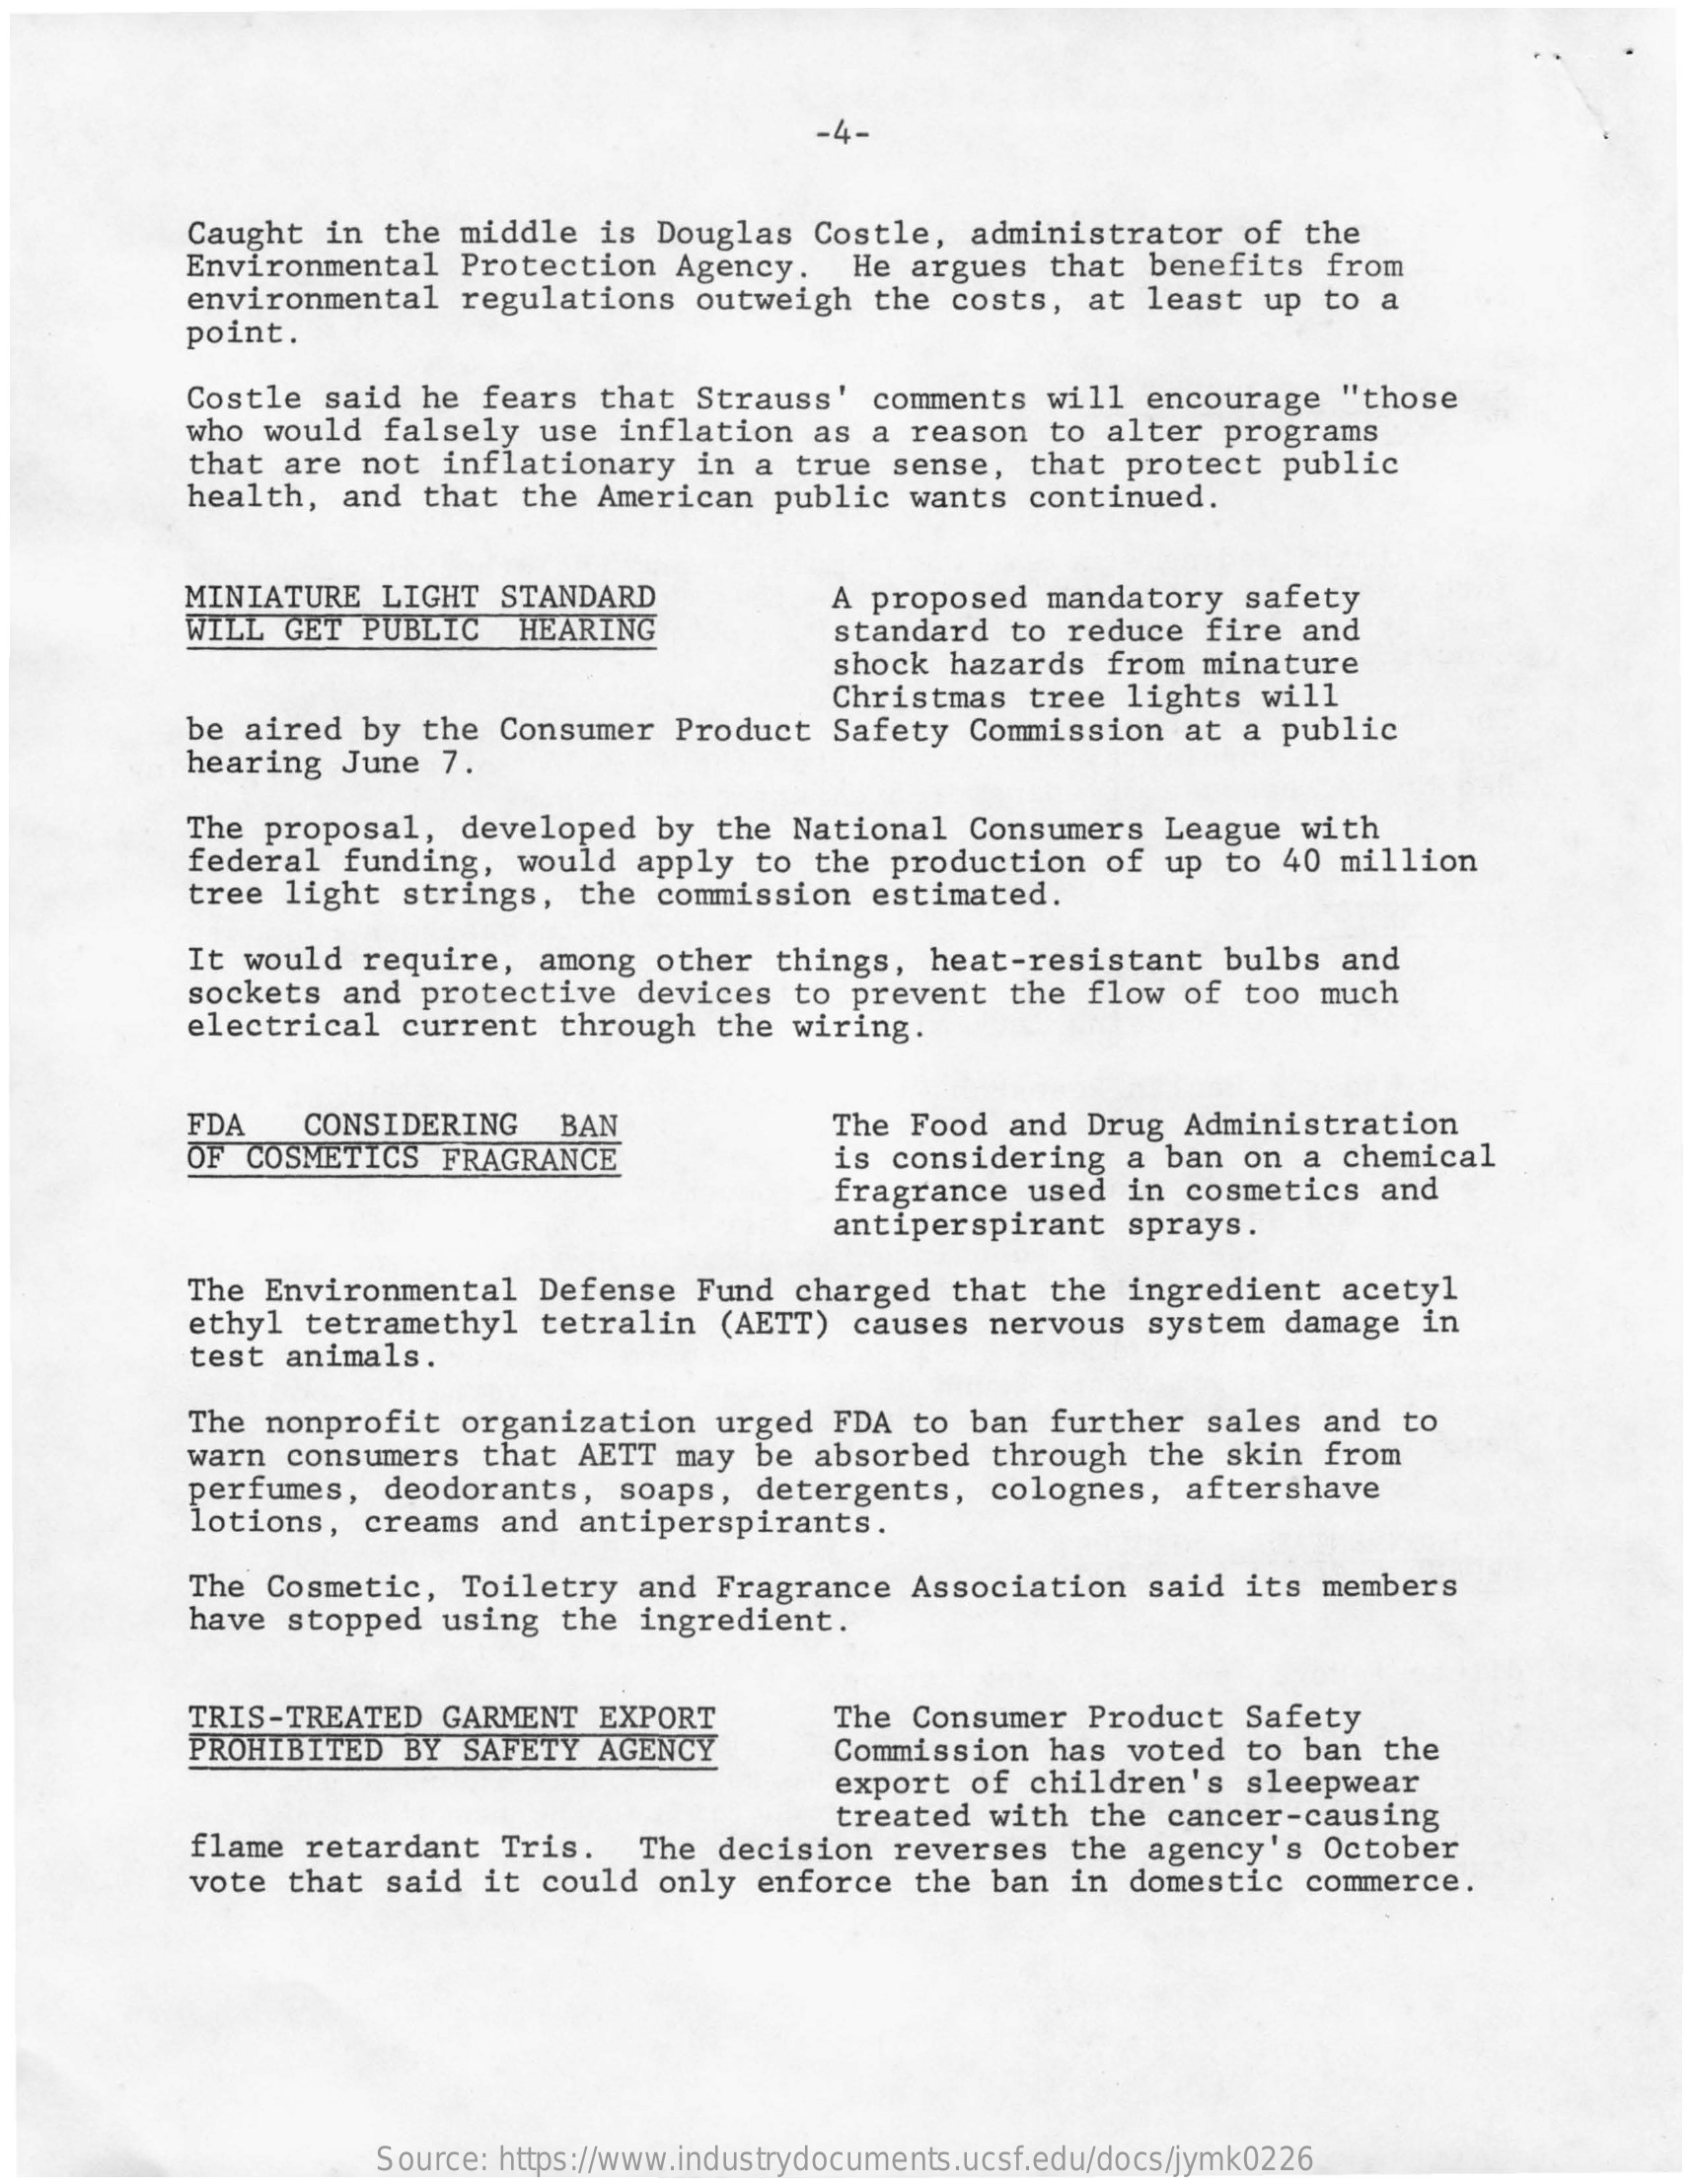
-4-
     Caught   in the  middle   is Douglas   Costle,   administrator    of  the
     Environmental    Protection    Agency.    He argues   that  benefits    from
     point.
     environmental    regulations    outweigh   the  costs,   at least   up to  a
     Costle  said   he fears   that  Strauss'   comments   will  encourage    "those
     who  would  falsely   use  inflation   as  a  reason  to  alter  programs
     that  are  not  inflationary    in  a true  sense,   that  protect   public
     health,   and  that  the  American   public  wants   continued.
     MINIATURE   LIGHT   STANDARD
     WILL  GET  PUBLIC    HEARING
     A proposed   mandatory   safety
     standard   to reduce   fire  and
     shock  hazards   from  minature
     Christmas   tree  lights  will
     be aired   by  the Consumer    Product  Safety   Commission    at a  public
     hearing   June  7.
     The  proposal,   developed   by  the  National   Consumers   League   with
     federal   funding,   would  apply   to the  production    of up  to  40 million
     tree  light  strings,   the  commission    estimated.
     It would   require,   among  other   things,   heat-resistant    bulbs   and
     sockets   and protective    devices   to  prevent   the  flow  of too  much
     electrical   current   through   the  wiring.
     FDA    CONSIDERING
     OF COSMETICS    FRAGRANCE
     BAN    The Food   and Drug   Administration
     is considering    a ban  on  a chemical
     fragrance   used  in  cosmetics   and
     antiperspirant    sprays.
     The  Environmental    Defense   Fund  charged   that  the  ingredient    acetyl
     ethyl  tetramethyl    tetralin   (AETT)   causes  nervous   system   damage   in
     test  animals.
     The  nonprofit   organization    urged  FDA   to ban  further   sales  and  to
     warn  consumers   that  AETT   may  be absorbed   through   the  skin   from
     perfumes,   deodorants,    soaps,   detergents,   colognes,    aftershave
     lotions,   creams   and antiperspirants.
     The  Cosmetic,   Toiletry   and  Fragrance   Association    said   its members
     have  stopped   using  the  ingredient.
     TRIS-TREATED    GARMENT   EXPORT
     PROHIBITED   BY  SAFETY   AGENCY
     The Consumer   Product   Safety
     Commission   has  voted  to  ban  the
     export  of  children's   sleepwear
     flame  retardant    Tris.
     treated  with   the  cancer-causing
     The  decision   reverses   the  agency's   October
     vote  that  said  it  could   only  enforce   the ban  in  domestic   commerce.
     Source: https://www.industrydocuments.ucsf.edu/docs/jymk0226